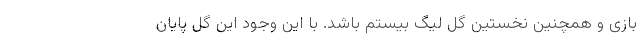
بازی و همچنین نخستین گل لیگ بیستم باشد. با این وجود این گل پایان